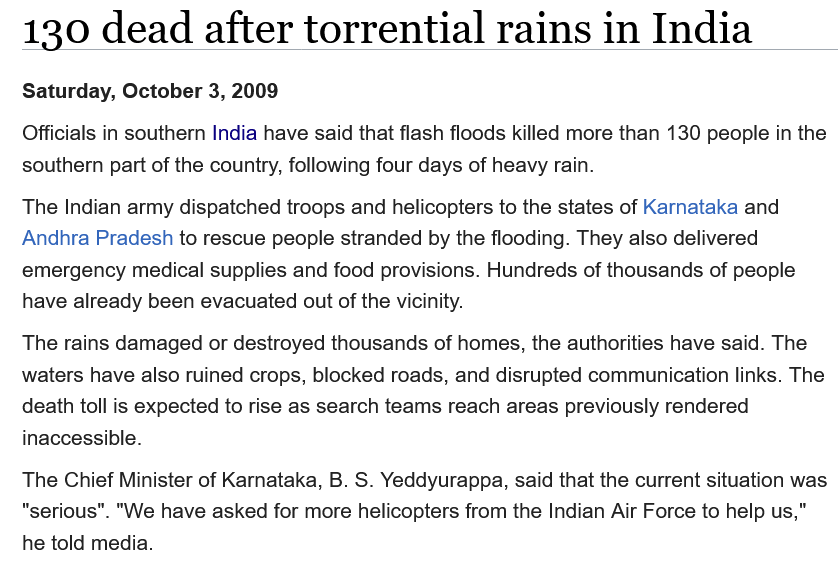
130    dead  after    torrential    rains    in  India
   Officials in southern India have said that flash floods killed more than 130 people in the
   southern part of the country, following four days of heavy rain.
   The Indian army dispatched troops and helicopters to the states of Karnataka and
   Andhra Pradesh to rescue people stranded by the flooding. They also delivered
   emergency medical supplies and food provisions. Hundreds of thousands of people
   have already been evacuated out of the vicinity.
   The rains damaged or destroyed thousands of homes, the authorities have said. The
   waters have also ruined crops, blocked roads, and disrupted communication links. The
   death toll is expected to rise as search teams reach areas previously rendered
   inaccessible.
   The Chief Minister of Karnataka, B. S. Yeddyurappa, said that the current situation was
   “serious”. "We have asked for more helicopters from the Indian Air Force to help us,"
   he told media.
   Saturday, October 3, 2009